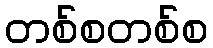
တစ်စတစ်စ